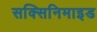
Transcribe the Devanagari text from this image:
सक्सिनिमाइड